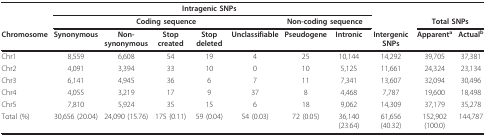
<table><thead><tr><td></td><td colspan="7"><b>Intragenic SNPs</b></td><td></td><td></td><td></td></tr><tr><td></td><td colspan="5"><b>Coding sequence</b></td><td colspan="2"><b>Non-coding sequence</b></td><td></td><td colspan="2"><b>Total SNPs</b></td></tr><tr><td><b>Chromosome</b></td><td><b>Synonymous</b></td><td><b>Non-synonymous</b></td><td><b>Stop created</b></td><td><b>Stop deleted</b></td><td><b>Unclassifiable</b></td><td><b>Pseudogene</b></td><td><b>Intronic</b></td><td><b>Intergenic SNPs</b></td><td><b>Apparent<sup>a</sup></b></td><td><b>Actual<sup>b</sup></b></td></tr></thead><tbody><tr><td>Chr1</td><td>8,559</td><td>6,608</td><td>54</td><td>19</td><td>4</td><td>25</td><td>10,144</td><td>14,292</td><td>39,705</td><td>37,381</td></tr><tr><td>Chr2</td><td>4,091</td><td>3,394</td><td>33</td><td>10</td><td>0</td><td>10</td><td>5,125</td><td>11,661</td><td>24,324</td><td>23,134</td></tr><tr><td>Chr3</td><td>6,141</td><td>4,945</td><td>36</td><td>6</td><td>7</td><td>11</td><td>7,341</td><td>13,607</td><td>32,094</td><td>30,496</td></tr><tr><td>Chr4</td><td>4,055</td><td>3,219</td><td>17</td><td>9</td><td>37</td><td>8</td><td>4,468</td><td>7,787</td><td>19,600</td><td>18,498</td></tr><tr><td>Chr5</td><td>7,810</td><td>5,924</td><td>35</td><td>15</td><td>6</td><td>18</td><td>9,062</td><td>14,309</td><td>37,179</td><td>35,278</td></tr><tr><td>Total (%)</td><td>30,656 (20.04)</td><td>24,090 (15.76)</td><td>175 (0.11)</td><td>59 (0.04)</td><td>54 (0.03)</td><td>72 (0.05)</td><td>36,140 (23.64)</td><td>61,656 (40.32)</td><td>152,902 (100.0)</td><td>144,787</td></tr></tbody></table>